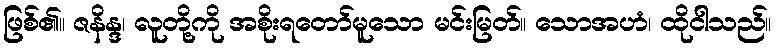
ဖြစ်၏။ ဇနိန္ဒ၊ လူတို့ကို အစိုးရတော်မူသော မင်းမြတ်။ သောအဟံ၊ ထိုငါသည်။